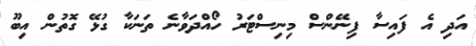
އަދި އެ ފައިސާ ފިނޭންސް މިނިސްޓަރު ހޯއްދަވާނެ ތަނަކާ ގުޅޭ ގޮތުން އިބޫ